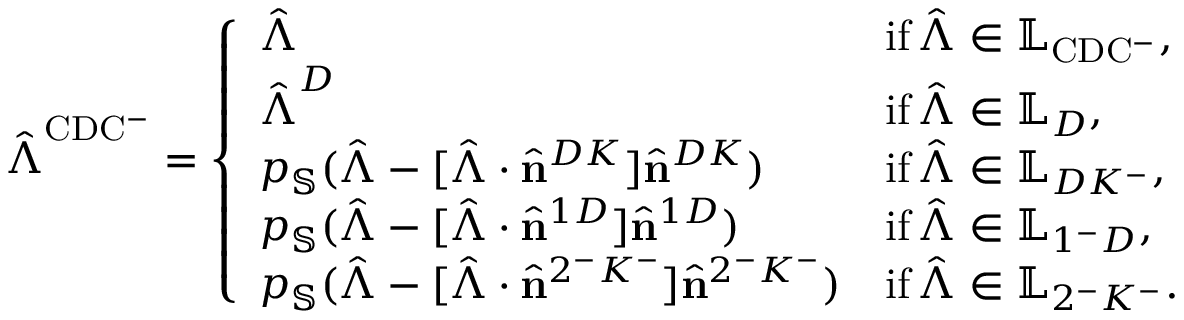
\hat { \boldsymbol { \Lambda } } ^ { \mathrm { C D C ^ { - } } } = \left\{ \begin{array} { l l } { \hat { \boldsymbol { \Lambda } } } & { \mathrm { i f \, } \hat { \boldsymbol { \Lambda } } \in \mathbb { L } _ { \mathrm { C D C ^ { - } } } , } \\ { \hat { \boldsymbol { \Lambda } } ^ { D } } & { \mathrm { i f \, } \hat { \boldsymbol { \Lambda } } \in \mathbb { L } _ { D } , } \\ { p _ { \mathbb { S } } ( \hat { \boldsymbol { \Lambda } } - [ \hat { \boldsymbol { \Lambda } } \cdot \hat { \mathbf { n } } ^ { D K } ] \hat { \mathbf { n } } ^ { D K } ) } & { \mathrm { i f \, } \hat { \boldsymbol { \Lambda } } \in \mathbb { L } _ { D K ^ { - } } , } \\ { p _ { \mathbb { S } } ( \hat { \boldsymbol { \Lambda } } - [ \hat { \boldsymbol { \Lambda } } \cdot \hat { \mathbf { n } } ^ { 1 D } ] \hat { \mathbf { n } } ^ { 1 D } ) } & { \mathrm { i f \, } \hat { \boldsymbol { \Lambda } } \in \mathbb { L } _ { 1 ^ { - } D } , } \\ { p _ { \mathbb { S } } ( \hat { \boldsymbol { \Lambda } } - [ \hat { \boldsymbol { \Lambda } } \cdot \hat { \mathbf { n } } ^ { 2 ^ { - } K ^ { - } } ] \hat { \mathbf { n } } ^ { 2 ^ { - } K ^ { - } } ) } & { \mathrm { i f \, } \hat { \boldsymbol { \Lambda } } \in \mathbb { L } _ { 2 ^ { - } K ^ { - } } . } \end{array} \right.